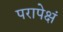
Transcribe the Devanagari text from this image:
परापेक्षं